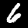
Digit: 6